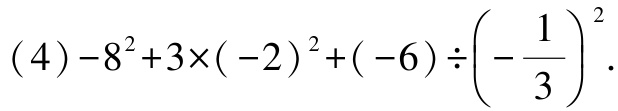
\((4)-8^{2}+3\times(-2)^{2}+(-6)\div\left(-\frac{1}{3}\right)^{2}\)